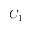
C _ { 1 }